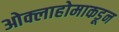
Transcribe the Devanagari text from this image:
ओक्लाहोमाकडून